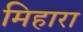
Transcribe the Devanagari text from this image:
मिहारा